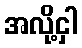
အလို့ငှါ